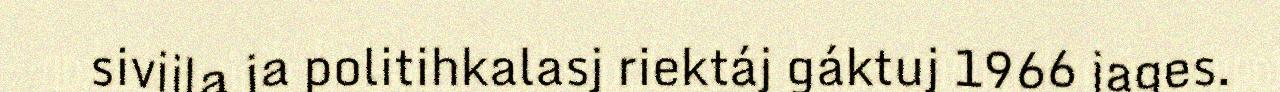
sivijla ja politihkalasj riektáj gáktuj 1966 jages.